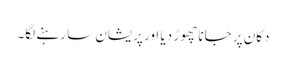
دکان پر جانا چھوڑ دیا اور پریشان سا رہنے لگا۔